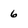
Character: 6